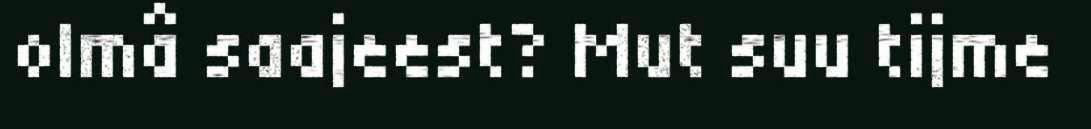
olmâ saajeest? Mut suu tijme